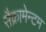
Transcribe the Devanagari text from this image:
सैक्रामेन्टम